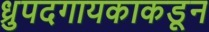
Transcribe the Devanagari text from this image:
ध्रुपदगायकाकडून